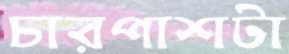
চারপাশটা